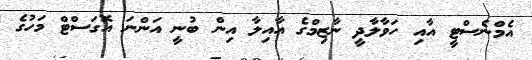
އެމްނެސްޓީ އާއި ހަވާލާދީ ނާޒިމްގެ އާއިލާ އިން ބުނީ އަންނަ އޮގަސްޓް މަހުގެ